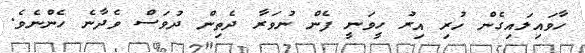
ހާވައިލައިގެން ހުރި އިރު ހީވަނީ ފެން ނުވަރާ ދެތިން ދުވަސް ވެދާނެ ހެންނެވެ.